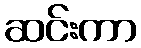
ဆင်းကာ